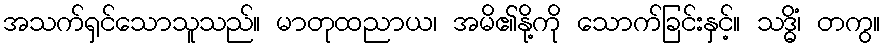
အသက်ရှင်သောသူသည်။ မာတုထညာယ၊ အမိ၏နို့ကို သောက်ခြင်းနှင့်။ သဒ္ဓိံ၊ တကွ။